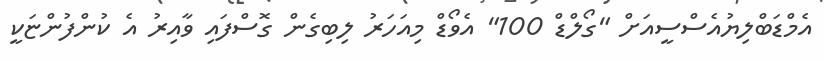
އެމްޑަބްލިޔުއެސްސީއަށް "ގޯލްޑް 100" އެވޯޑް މިއަހަރު ލިބިގެން ގޮސްފައި ވާއިރު އެ ކުންފުންޏަކީ